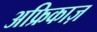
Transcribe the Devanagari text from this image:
अफ्रिकाज़